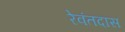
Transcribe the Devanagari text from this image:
रेवंतदास